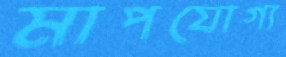
মাপযোগ্য